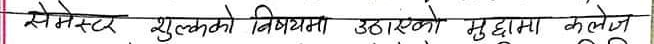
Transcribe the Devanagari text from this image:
सेमेस्टर शुल्कको विषयमा उठाएको मुद्दामा कलेज